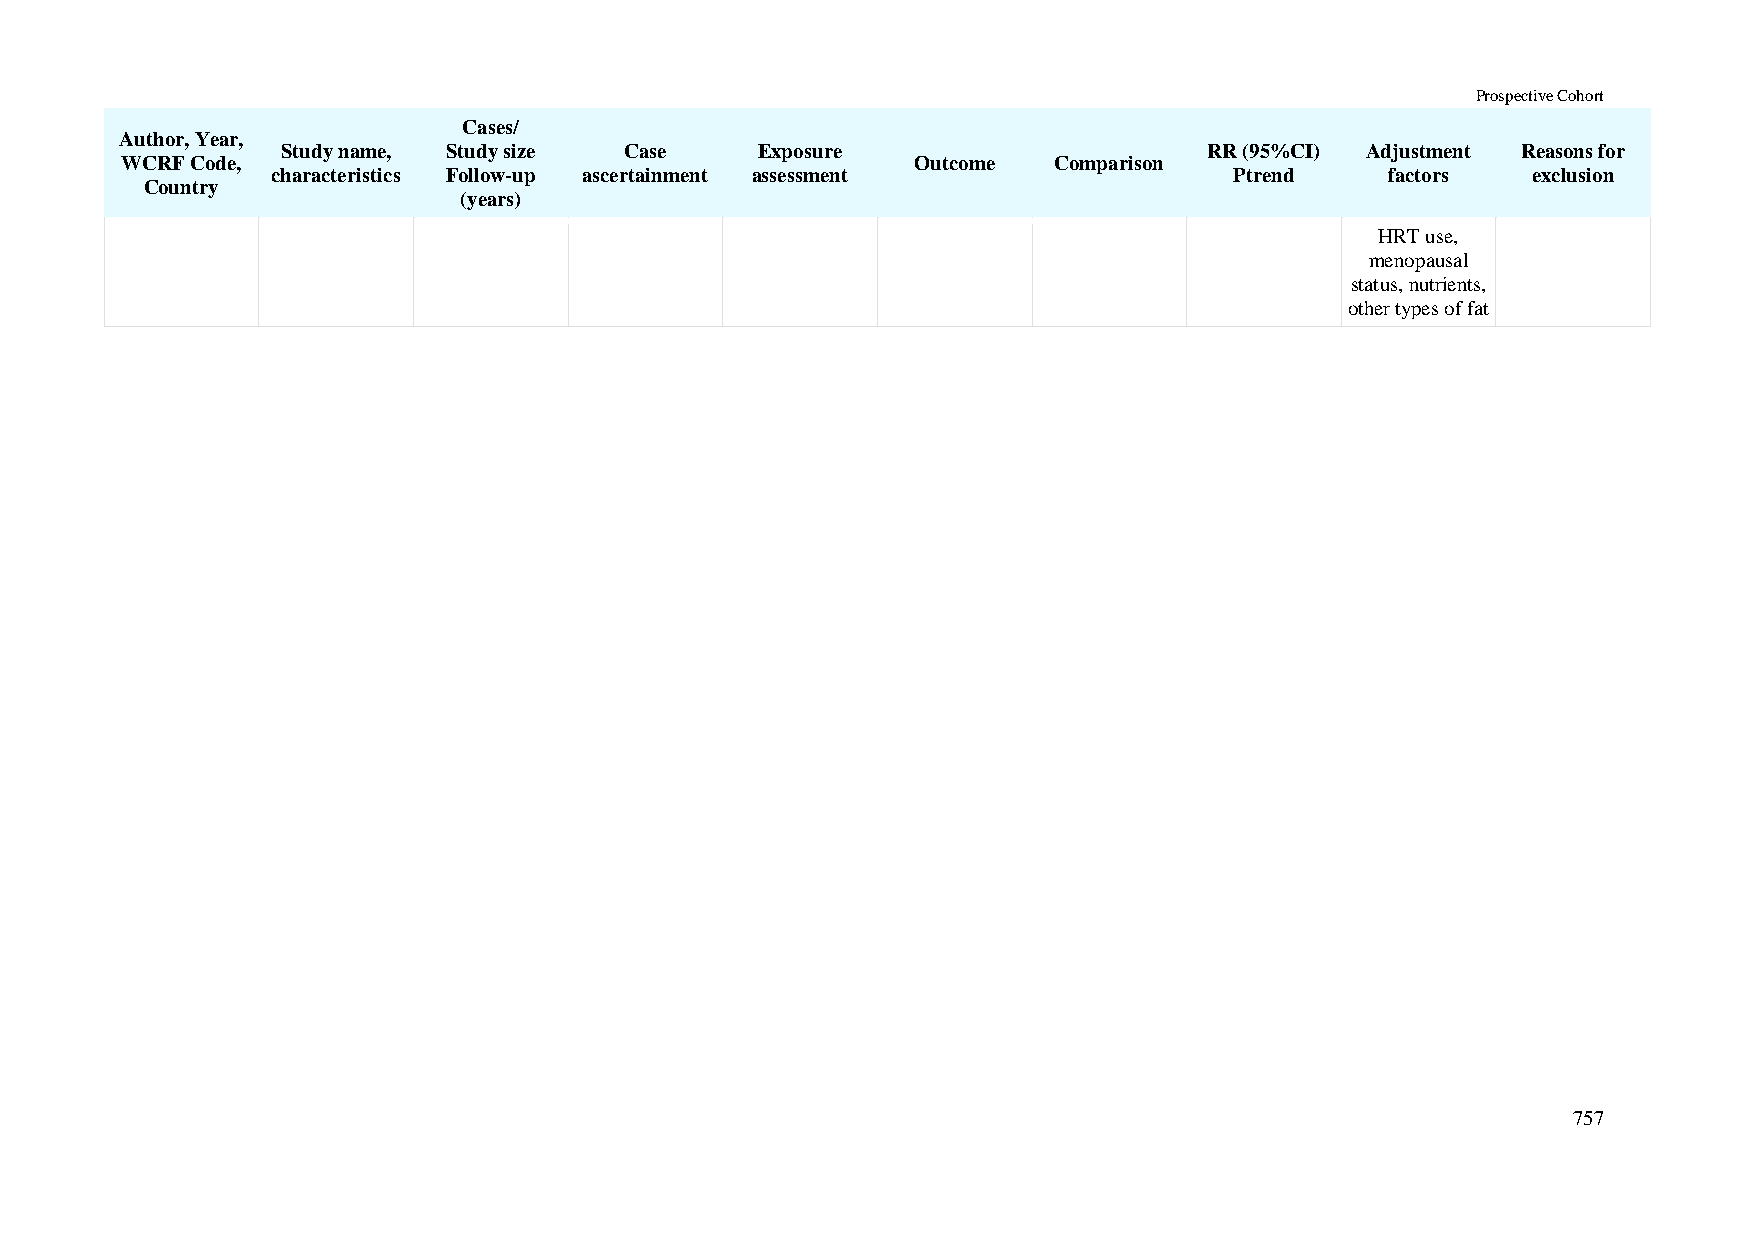
Prospective Cohort
 Cases/
 Author, Year,
 Study name, Study size Case    Exposure                      RR (95%CI) Adjustment Reasons for
 WCRF Code,                                           Outcome  Comparison
 characteristics Follow-up ascertainment assessment              Ptrend    factors  exclusion
 Country
 (years)
 HRT use,
 menopausal
 status, nutrients,
 other types of fat
 757